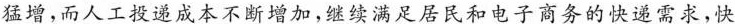
猛增，而人工投递成本不断增加，继续满足居民和电子商务的快递需求，快